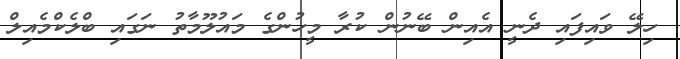
ހިލޭ ވައިފައި ދެނީ އެއިން ބޭނުން ކުރާ މީހުންގެ މައުލޫމާތު ނަގައި ބްލެކްމެއިލް